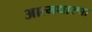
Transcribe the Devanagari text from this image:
आत्मधारणा